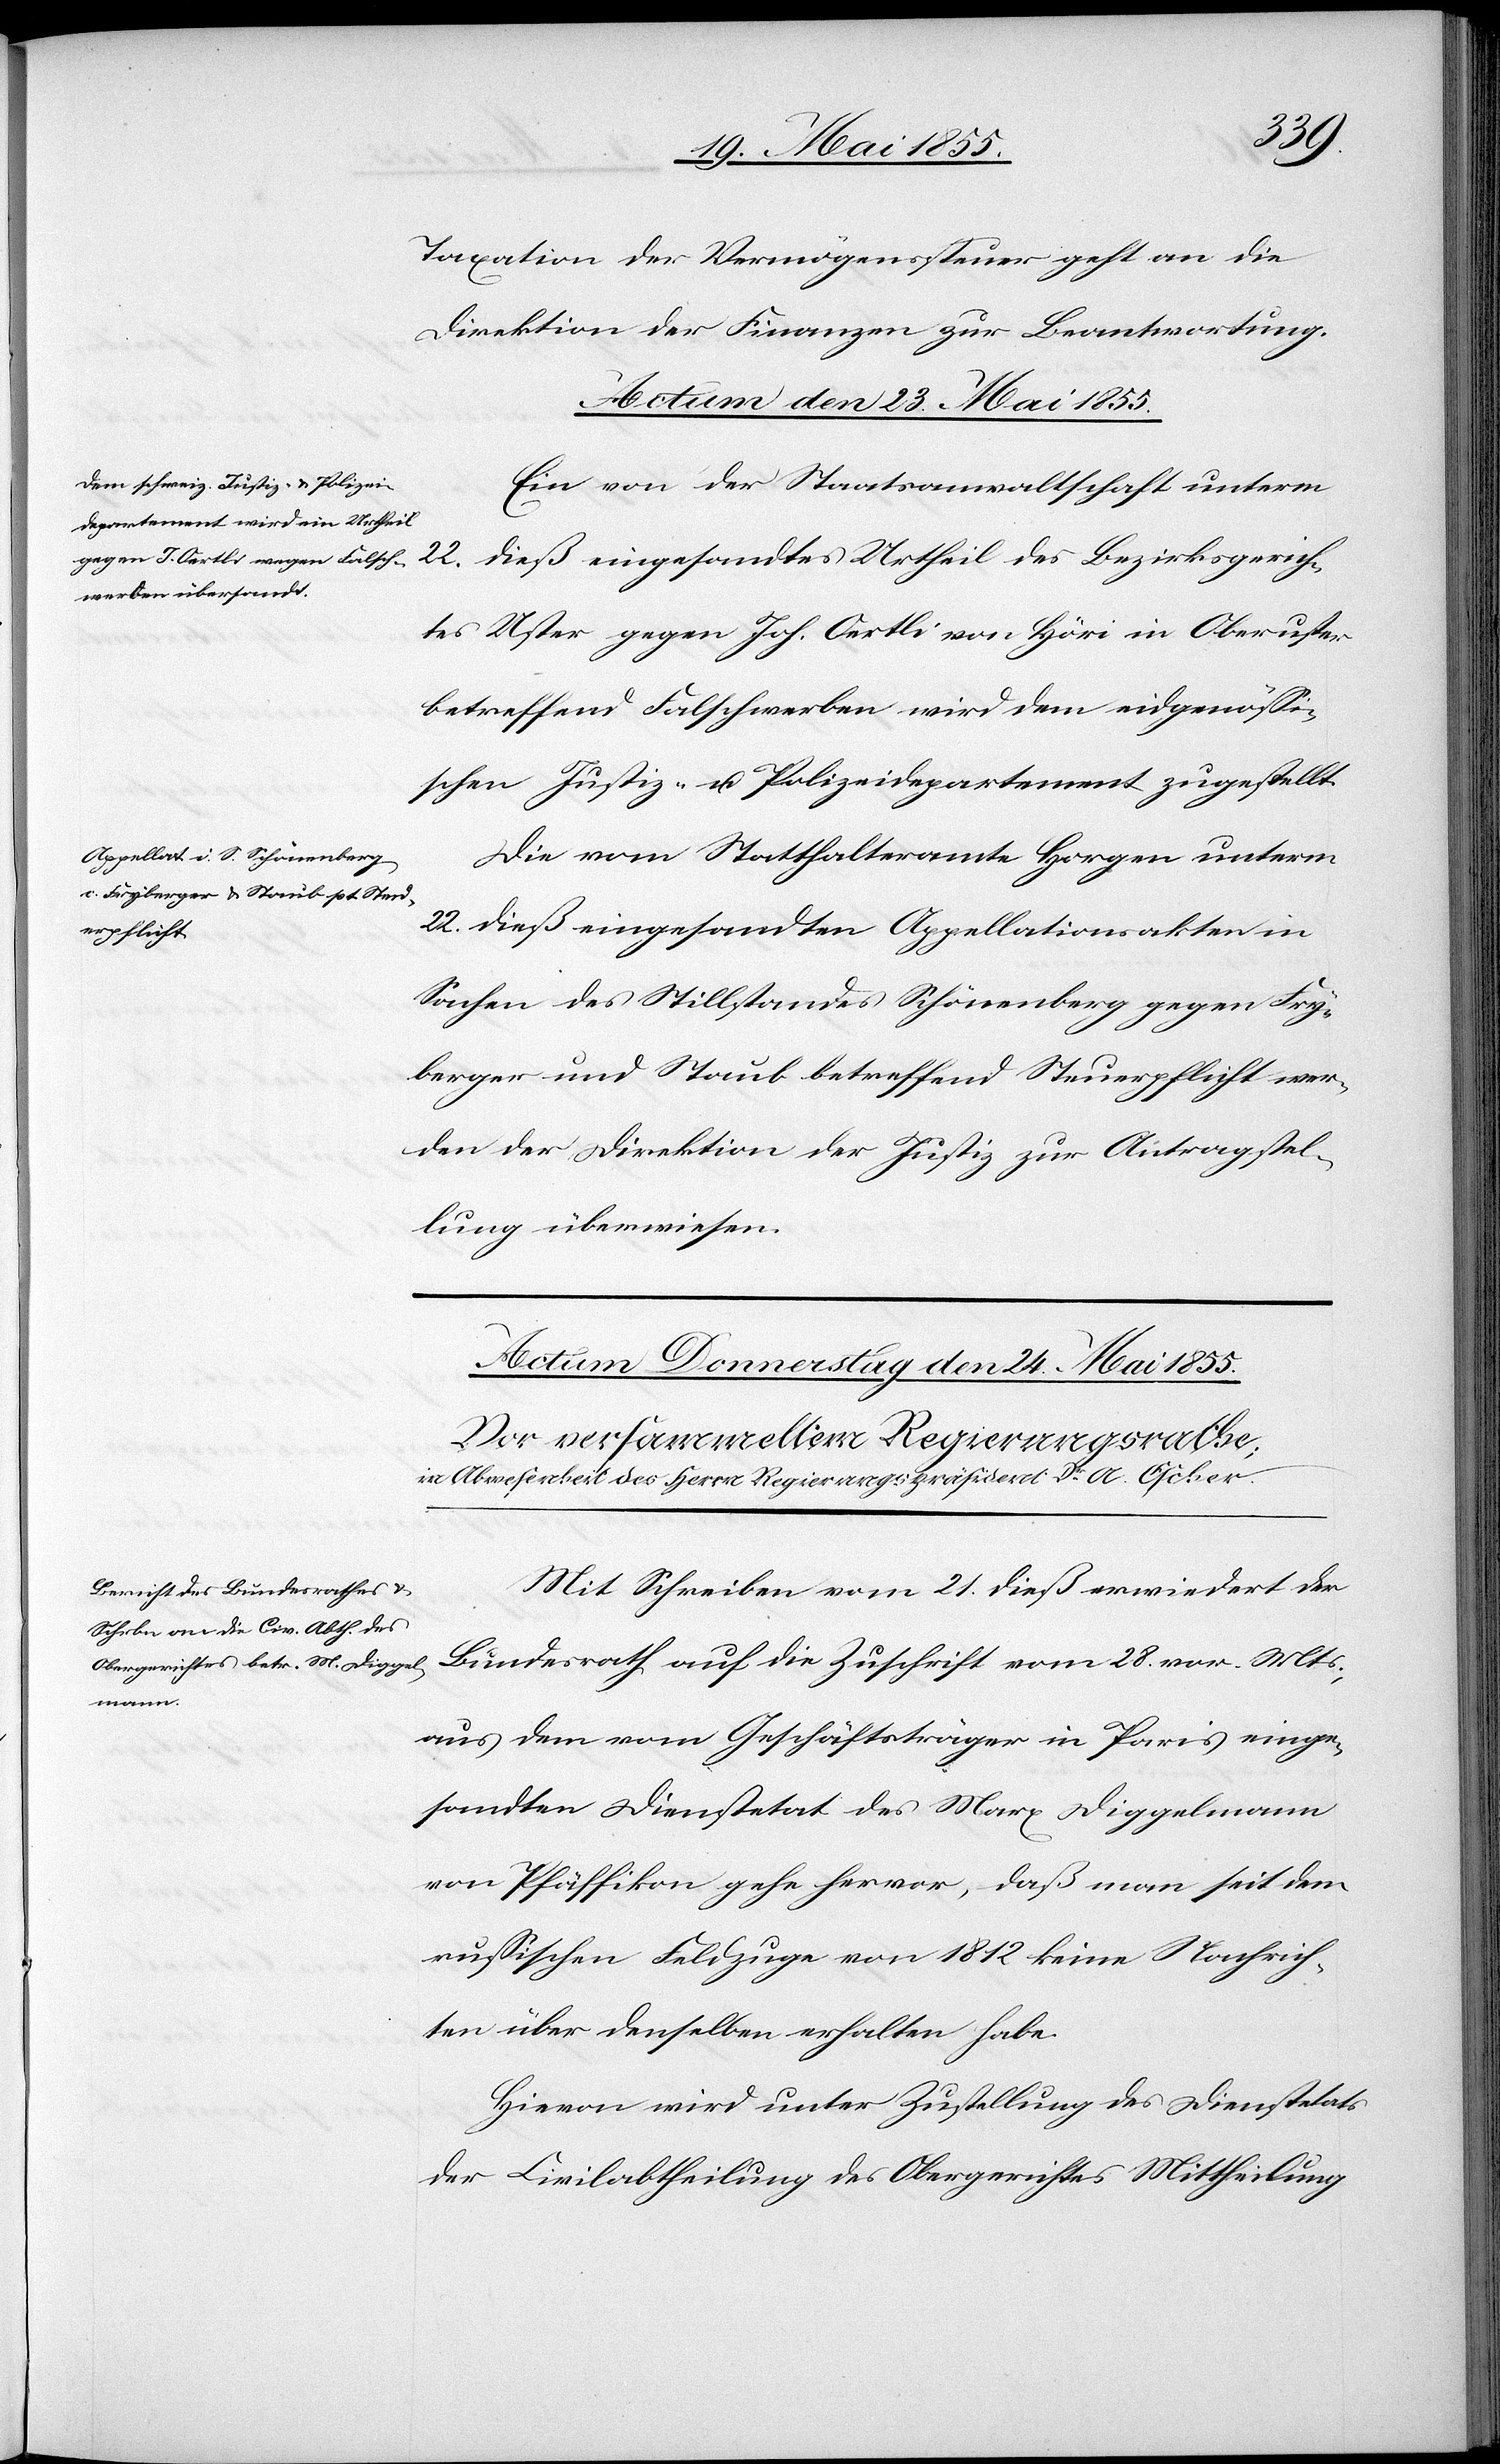
Taxation der Vermögenssteuer geht an die
Direktion der Finanzen zur Beantwortung.
Actum den 23. Mai 1855.]
Ein von der Staatsanwaltschaft unterm
22. dieß eingesandtes Urtheil des Bezirksgerich¬
tes Uster gegen Joh. Oertli von Höri in Oberuster
betreffend Falschwerben wird dem eidgenössi¬
schen Justiz- u. Polizeidepartement zugestellt.
Die vom Statthalteramte Horgen unterm
22. dieß eingesandten Appellationsakten in
Sachen des Stillstandes Schönenberg gegen Fry¬
berger und Staub betreffend Steuerpflicht wer¬
den der Direktion der Justiz zur Antragstel¬
lung überwiesen.
Mit Schreiben vom 21. dieß erwiedert der
Bundesrath auf die Zuschrift vom 28. vor. Mts.,
aus dem vom Geschäftsträger in Paris einge¬
sandten Dienstetat des Marx Diggelmann
von Pfäffikon gehe hervor, das man seit dem
russischen Feldzuge von 1812 keine Nachrich¬
ten über denselben erhalten habe.
Hievon wird unter Zustellung des Dienstetats
der Civilabtheilung des Obergerichtes Mittheilung